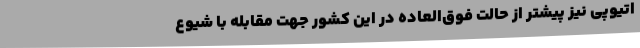
اتیوپی نیز پیشتر از حالت فوق‌العاده در این کشور جهت مقابله با شیوع